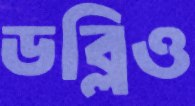
ডব্লিও